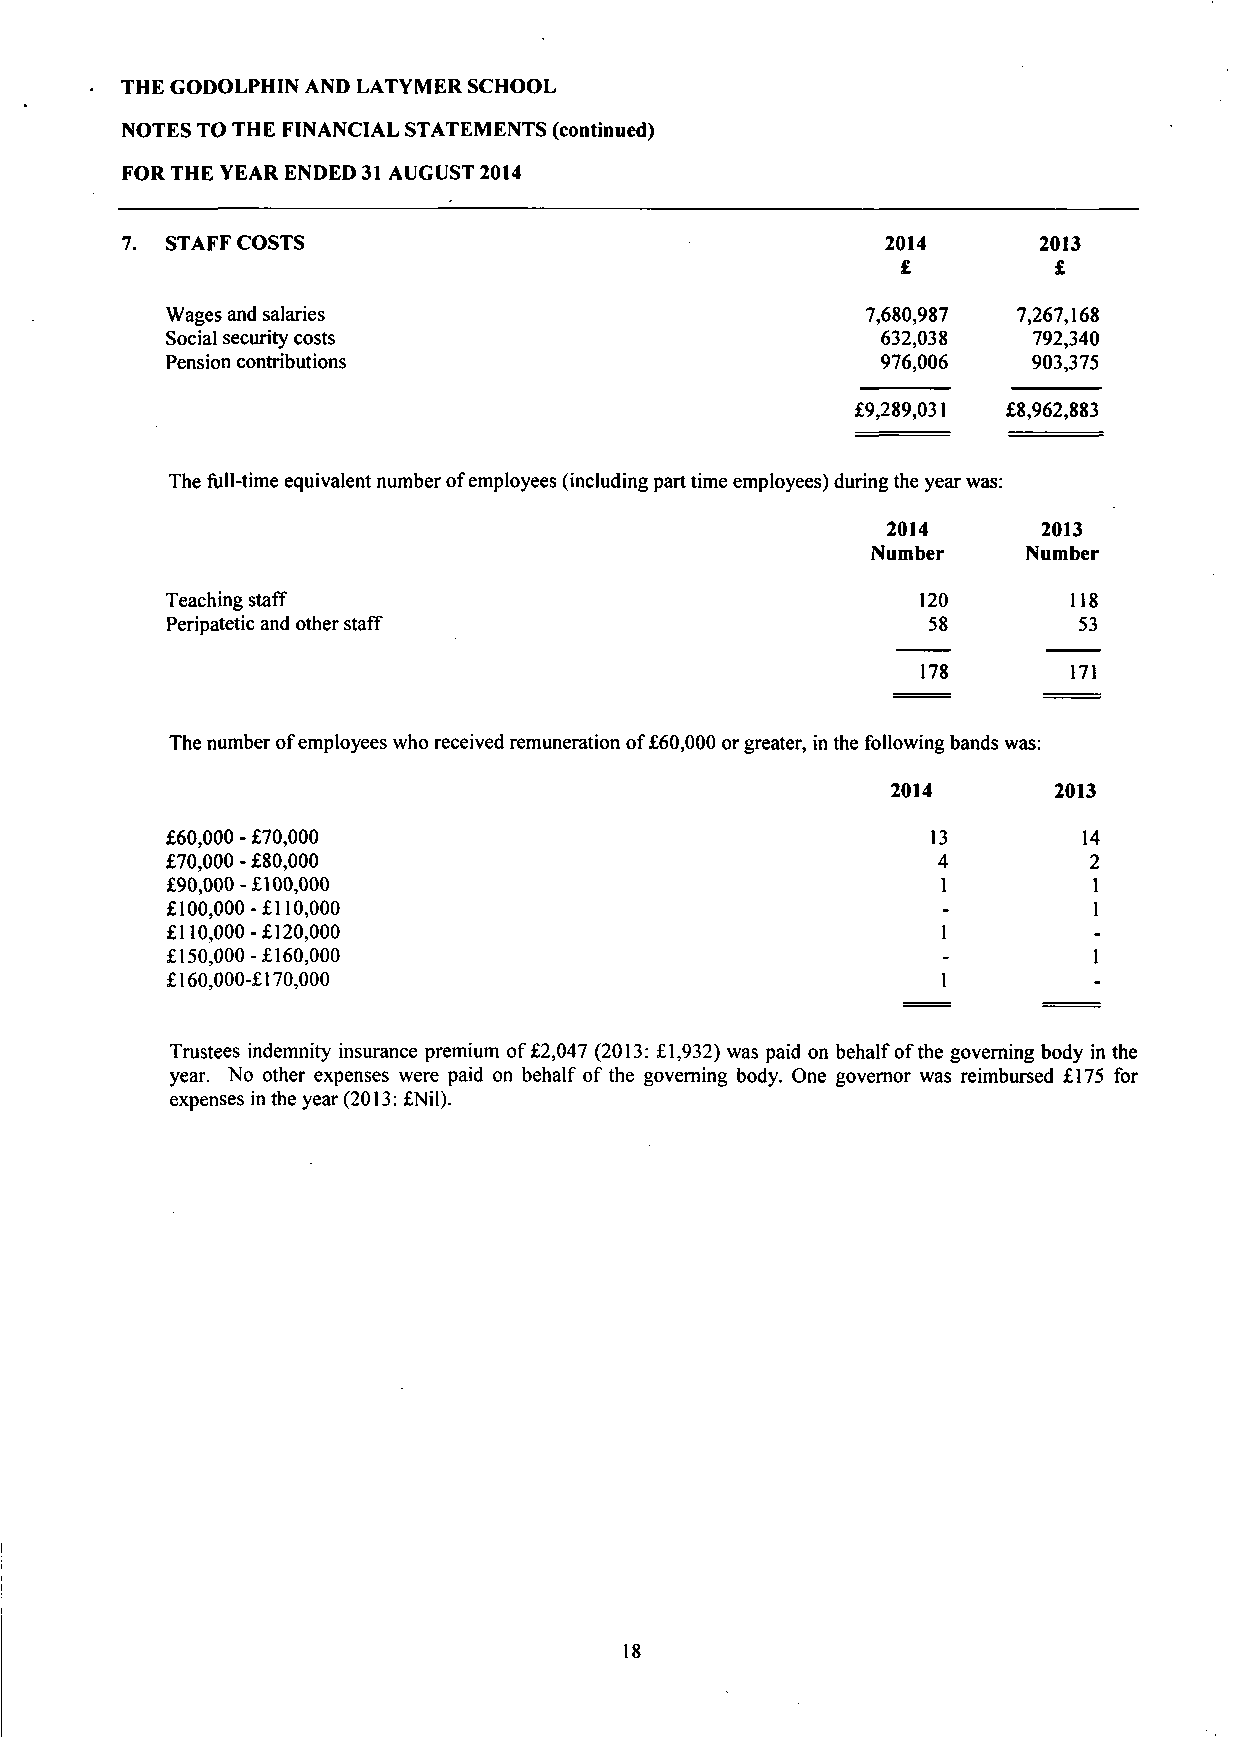
THE GODOLPHIN AND LATYMER SCHOOL
 NOTES TO THE FINANCIAL STATEMENTS (continued)
 FOR THE YEAR ENDED 31 AUGUST 2014
 7. STAFF COSTS                                     2014      2013
 £         £
 Wages and salaries                             7,680,987 7,267,168
 Social security costs                           632,038   792,340
 Pension contributions                          976,006    903,375
 £9,289,031 £8,962,883
 The full-time equivalent number of employees (including part time employees) during the year was:
 2014      2013
 Number    Number
 Teaching staff                                    120       118
 Peripatetic and other staff                        58        53
 178       171
 The number of employees who received remuneration of £60,000 or greater, in the following bands was:
 2014       2013
 £60,000 - £70,000                                   13        14
 £70,000 - £80,000                                    4        2
 £90,000-£100,000                                   1         1
 £100,000-£110,000                                  -         1
 £110,000-£120,000                                  1
 £150,000-£160,000                                  -         1
 £160,000-£ 170,000                                 1
 Trustees indemnity insurance premium of £2,047 (2013: £1,932) was paid on behalf of the governing body in the
 year. No other expenses were paid on behalf of the governing body. One governor was reimbursed £175 for
 expenses in the year (2013: £Nil).
 18